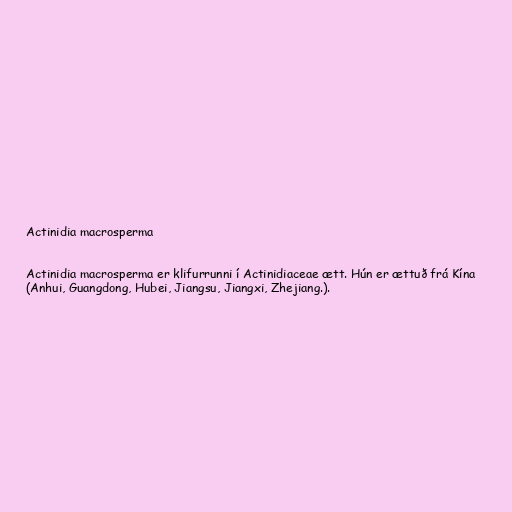
Actinidia macrosperma

Actinidia macrosperma er klifurrunni í Actinidiaceae ætt. Hún er ættuð frá Kína
(Anhui, Guangdong, Hubei, Jiangsu, Jiangxi, Zhejiang.).